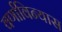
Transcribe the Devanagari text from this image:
वर्णाविन्यास